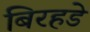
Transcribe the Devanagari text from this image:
बिरहडे